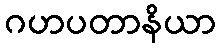
ဂဟပတာနိယာ